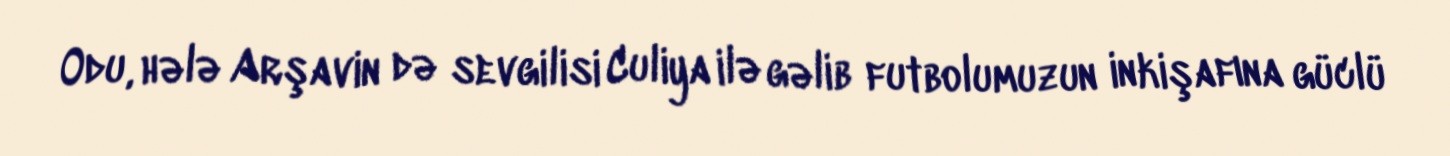
Odu, hələ Arşavin də sevgilisi Culiya ilə gəlib futbolumuzun inkişafına güclü